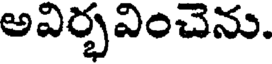
అవిర్భవించెను.